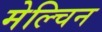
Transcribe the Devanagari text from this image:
मेल्चिन